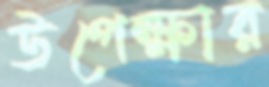
উপেক্ষার